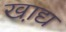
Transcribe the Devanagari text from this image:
खा़द्य